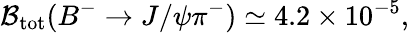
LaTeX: {\cal B}_{\mathrm{tot}}(B^{-}\rightarrow J/\psi\pi^{-})\simeq 4.2\times 10^{-5},